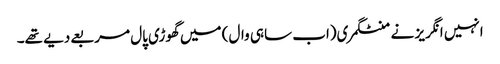
انہیں انگریز نے منٹگمری(اب ساہی وال) میں گھوڑی پال مربعے دیے تھے۔